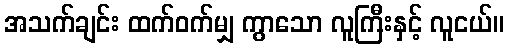
အသက်ချင်း ထက်ဝက်မျှ ကွာသော လူကြီးနှင့် လူငယ်။